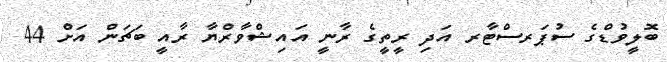
ބޮލީވުޑްގެ ސުޕަރސްޓާރ އަދި ރީތީގެ ރާނީ އައިޝްވާރްޔާ ރާއީ ބަޗަން އަށް 44